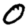
Digit: 0